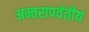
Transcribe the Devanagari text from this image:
अन्तरापर्वतीय